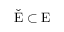
\check { \mathrm { E } } \subset \mathrm { E }